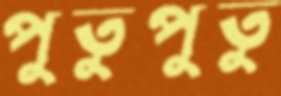
পুতুপুতু